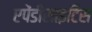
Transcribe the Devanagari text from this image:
एपेंडीसाइटिस